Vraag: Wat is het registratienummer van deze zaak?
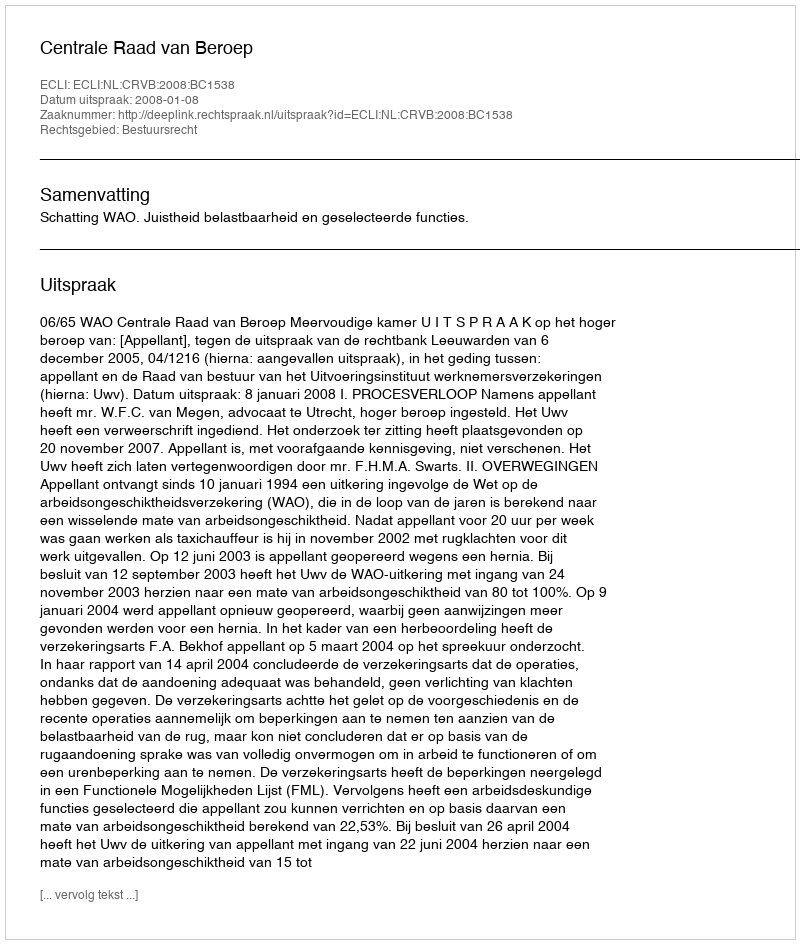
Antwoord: http://deeplink.rechtspraak.nl/uitspraak?id=ECLI:NL:CRVB:2008:BC1538